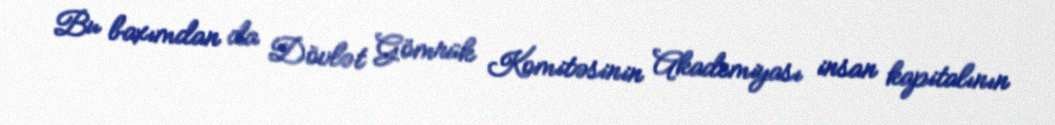
Bu baxımdan da Dövlət Gömrük Komitəsinin Akademiyası insan kapitalının